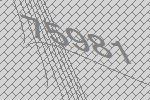
75981